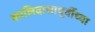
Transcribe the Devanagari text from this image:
कालिदासापूर्वीच्या